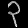
Digit: ၃